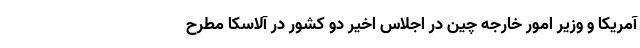
آمریکا و وزیر امور خارجه چین در اجلاس اخیر دو کشور در آلاسکا مطرح